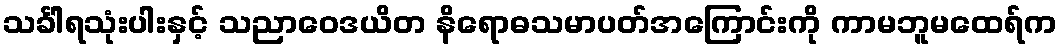
သင်္ခါရသုံးပါးနှင့် သညာဝေဒယိတ နိရောဓသမာပတ်အကြောင်းကို ကာမဘူမထေရ်က